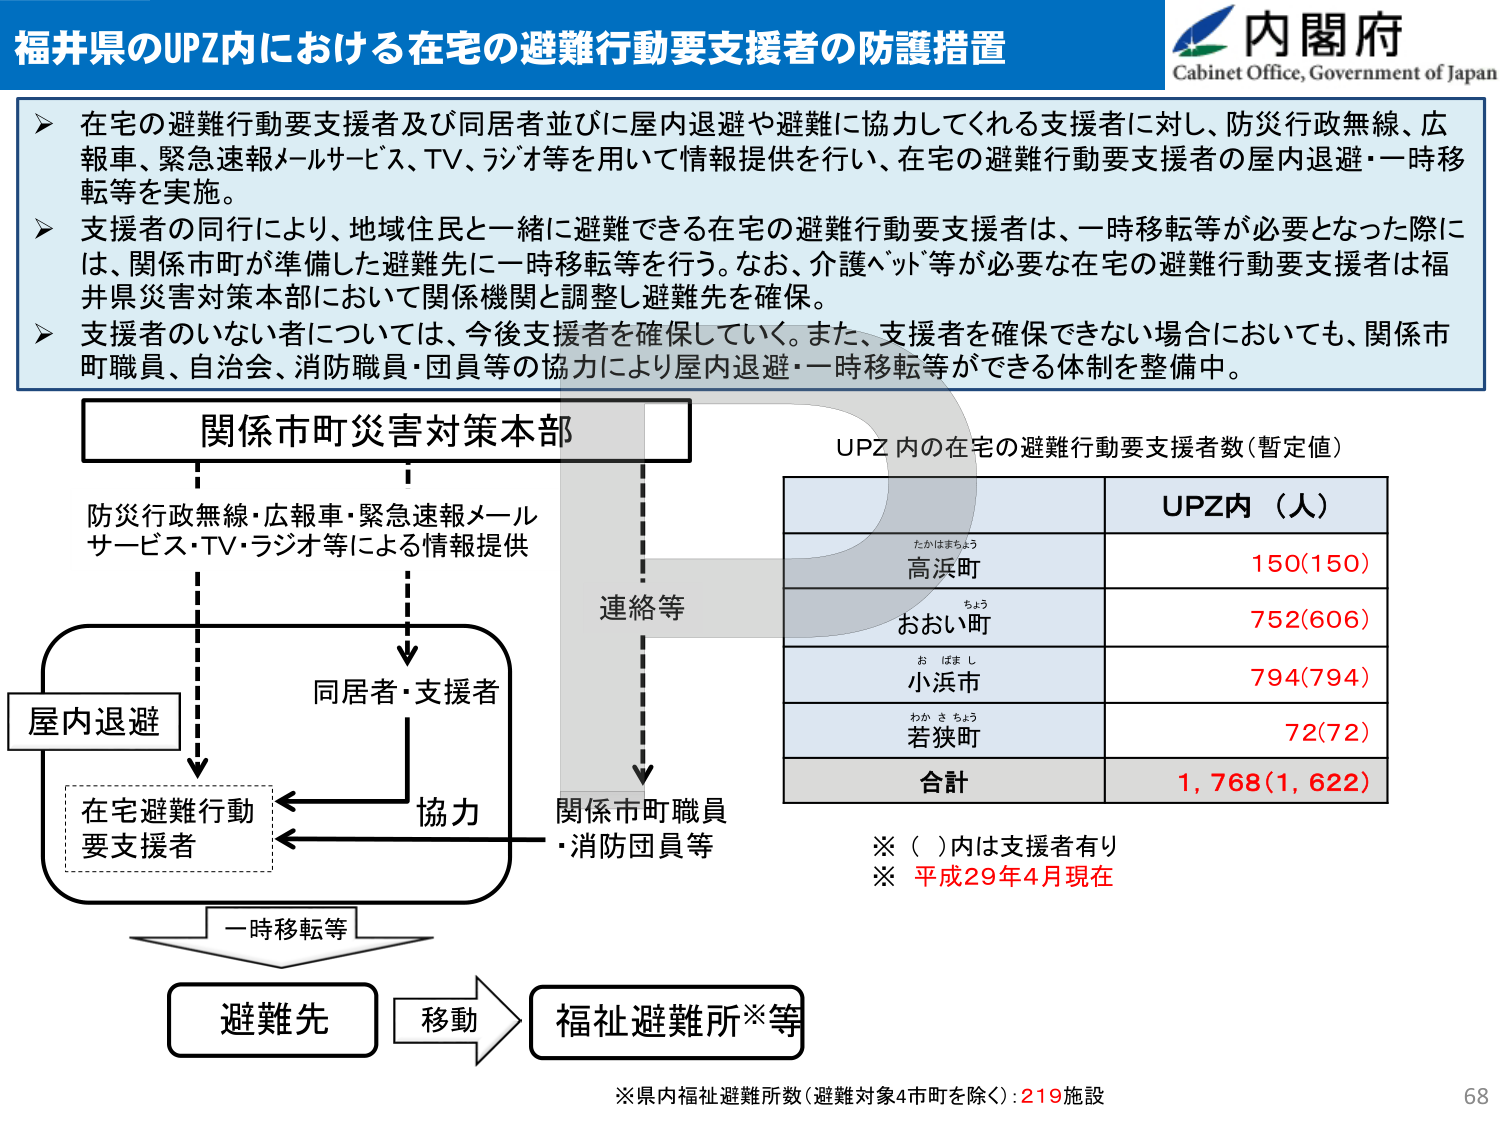
福井県のUPZ内における在宅の避難行動要支援者の防護措置

内閣府
Cabinet Office, Government of Japan

➤ 在宅の避難行動要支援者及び同居者並びに屋内退避や避難に協力してくれる支援者に対し、防災行政無線、広報車、緊急速報メールサービス、TV、ラジオ等を用いて情報提供を行い、在宅の避難行動要支援者の屋内退避・一時移転等を実施。

➤ 支援者の同行により、地域住民と一緒に避難できる在宅の避難行動要支援者は、一時移転等が必要となった際には、関係市町が準備した避難先に一時移転等を行う。なお、介護ベッド等が必要な在宅の避難行動要支援者は福井県災害対策本部において関係機関と調整し避難先を確保。

➤ 支援者のいない者については、今後支援者を確保していく。また、支援者を確保できない場合においても、関係市町職員、自治会、消防職員・団員等の協力により屋内退避・一時移転等ができる体制を整備中。

関係市町災害対策本部

防災行政無線・広報車・緊急速報メールサービス・TV・ラジオ等による情報提供

屋内退避

同居者・支援者

協力

在宅避難行動要支援者

一時移転等

避難先

移動

福祉避難所※等

連絡等

関係市町職員・消防団員等

UPZ 内の在宅の避難行動要支援者数（暫定値）

UPZ内（人）

たかはまちょう
高浜町
150(150)

ちょう
おおい町
752(606)

お ばま し
小浜市
794(794)

わか き ちょう
若狭町
72(72)

合計
1,768(1,622)

※（ ）内は支援者有り
※ 平成29年4月現在

※県内福祉避難所数（避難対象4市町を除く）：219施設

68